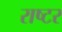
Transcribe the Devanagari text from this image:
राष्टर